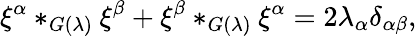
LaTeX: \xi^{\alpha}*_{G(\lambda)}\xi^{\beta}+\xi^{\beta}*_{G(\lambda)}\xi^{\alpha}=2\lambda_{\alpha}\delta_{\alpha\beta},